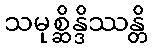
သမုစ္ဆိန္ဒိဿန္တိ